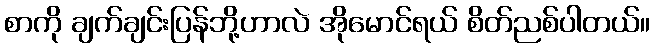
စာကို ချက်ချင်းပြန်ဘို့ဟာလဲ အိုမောင်ရယ် စိတ်ညစ်ပါတယ်။